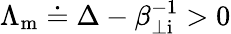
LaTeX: \Lambda_{\mathrm{m}}\doteq\Delta-\beta_{\perp\mathrm{i}}^{-1}>0